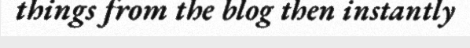
things from the blog then instantly